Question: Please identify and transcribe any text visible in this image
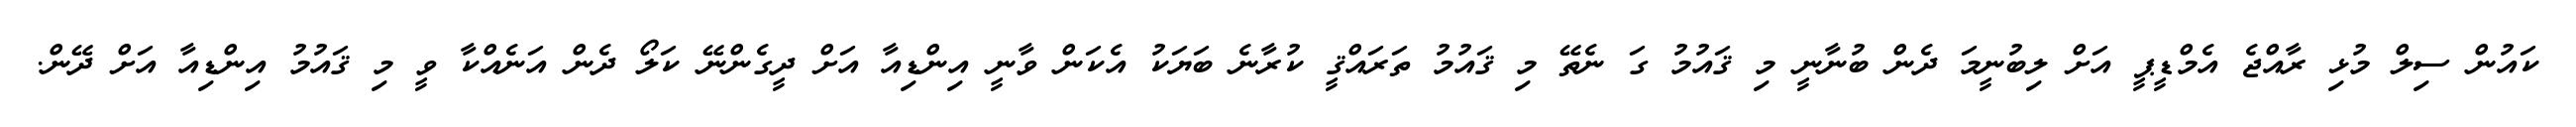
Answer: ކައުން ސިލް މުޅި ރާއްޖެ އެމްޑީޕީ އަށް ލިބުނީމަ ދެން ބުނާނީ މި ޤައުމު ގަ ނެތޭ މި ޤައުމު ތަރައްޤީ ކުރާނެ ބަޔަކު އެކަން ވާނީ އިންޑިއާ އަށް ދީގެންނޭ ކަލޯ ދެން އަނެއްކާ ވީ މި ޤައުމު އިންޑިއާ އަށް ދޭން.